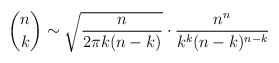
\begin{align*}\binom{n}{k} \sim \sqrt{\dfrac{n}{2 \pi k (n-k)}} \cdot \dfrac{n^n}{k^k(n-k)^{n-k}}\end{align*}